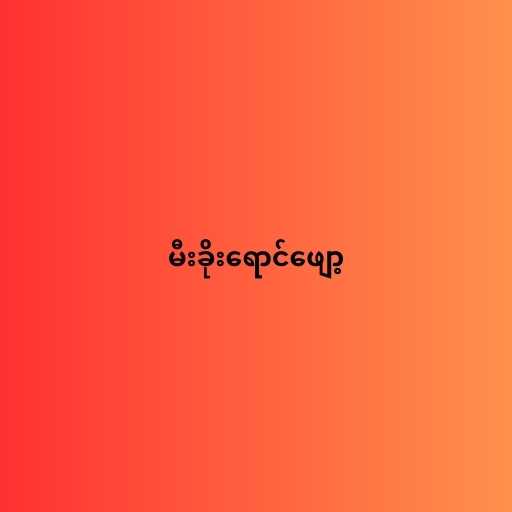
မီးခိုးရောင်ဖျော့